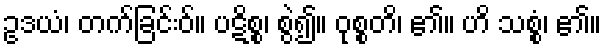
ဥဒယံ၊ တက်ခြင်းဝ်။ ပဋိစ္စ၊ စွဲ၍။ ဝုစ္စတိ၊ ၏။ ဟိ သစ္စံ၊ ၏။